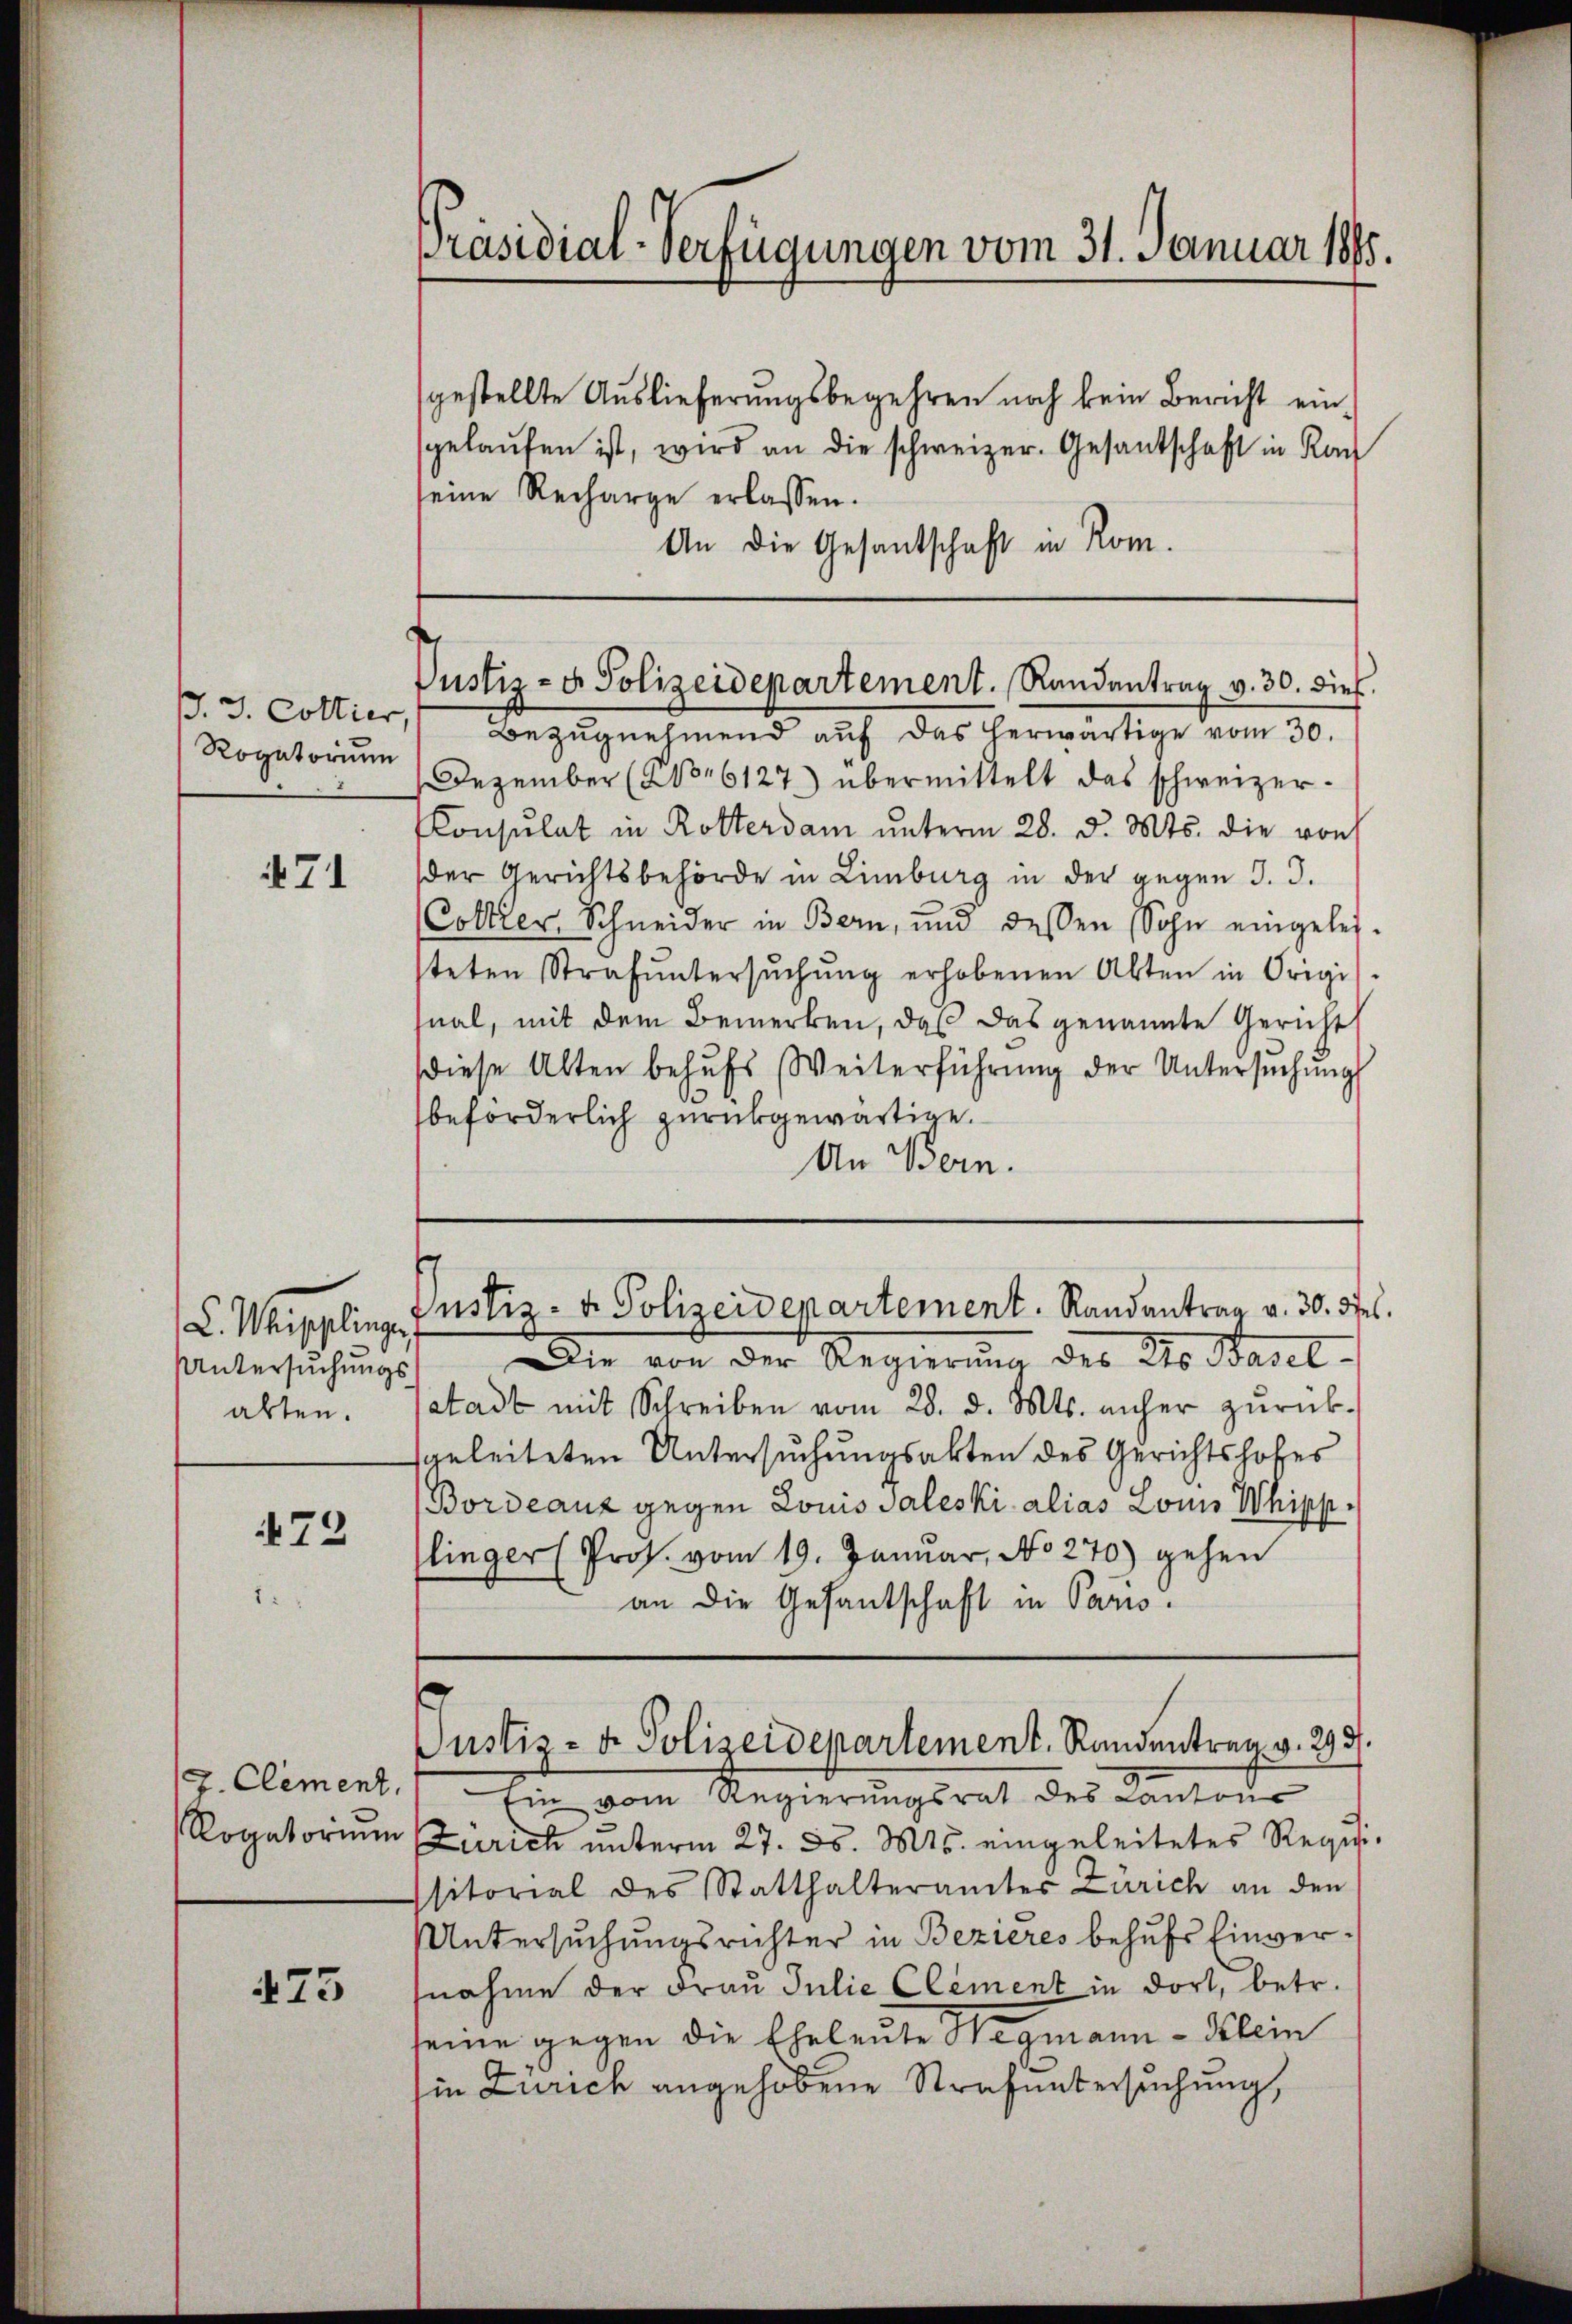
J. J. Collier,
Rogatorium

471

L. Wegglinge,
Untersuchungs-
abten.

472

Clement,
Rogatorium

475

Präsidial-Verfügungen vom 31. Januar 1885.

gestellte Auslieferungsbegehren noch kein Bericht eingelaŭfen ist, wird an die schweizer. Gesantschaft in Rach
seine Recharge erlassen.
An die Gesantschaft in Rom.

Dezember (2106127) übermittelt das schweizer-
Consulat in Rotterdam unterm 28. d. Mts. die von
der Gerichtsbehörde in Limburg in der gegen J. J.
Collier Schneider in Bern, und dessen Sohn eingelei-
steten Strafŭntersŭchŭng erhobenen Akten in Origi
sual, mit dem Bemerken, daß das genannte Gericht
diese Alten behŭfs Weiterführŭng der Untersŭchŭng
beforderlich zurückgewärtige.
An Bern.

Die von der Regierung des Do Basel-
stadt mit Schreiben vom 28. d. Mts. anher zurücksgeleiteten Untersuchungsakten des Gerichtshofes
Bordeauz gegen Louis Saleski alias Louis Whipplinger (Pros. vom 19. Januar, No 270) gehen
an die Gesantschaft in Paris.

Justiz- & Polizeidepartement. Randantrag v. 30. dies
Bezŭgnehmend auf das herwärtige vom 30.

f
Justiz- u. Polizeidepartement. Randantrag v. 30. Diel.

Ein vom Regierungsrat des Cantone
Zürich unterm 27. d. Mts. eingeleitetes Regig-
sitorial des Statthalteramter Zürich an den
UUntersuchungsrichter in Bezieres behufs Einversnahme der Frau Julie Clement in dort, betr.
seine gegen die Eheleute Hagmann - Klein
in Zürich angehobene Strafuntersuchung,

Justiz- & Polizeidepartement. Randentrag v. 293.